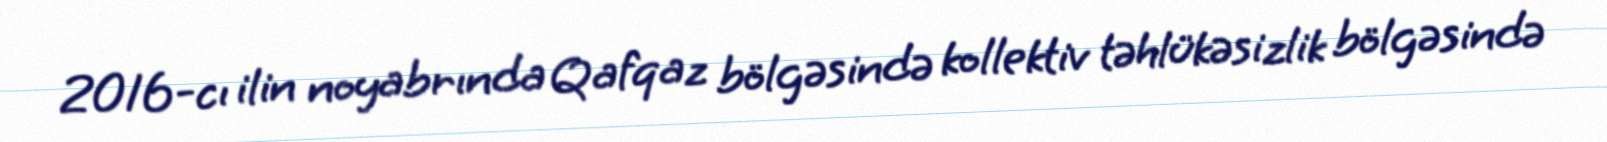
2016-cı ilin noyabrında Qafqaz bölgəsində kollektiv təhlükəsizlik bölgəsində